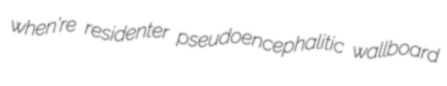
when're residenter pseudoencephalitic wallboard